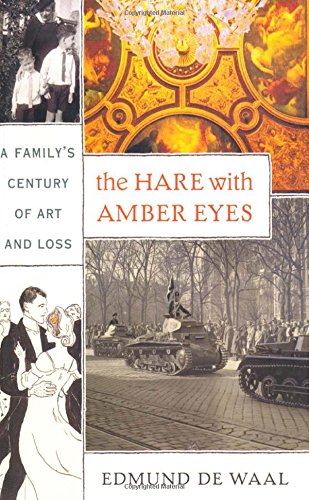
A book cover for The Hare with Amber Eyes: A Family's Century of Art and Loss; Edmund de Waal; Biographies & Memoirs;